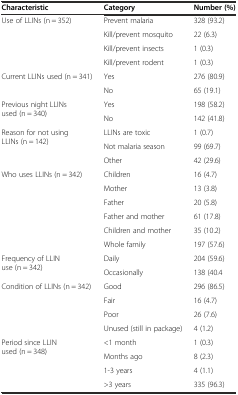
<table><thead><tr><td><b>Characteristic</b></td><td><b>Category</b></td><td><b>Number (%)</b></td></tr></thead><tbody><tr><td rowspan="4">Use of LLINs (n = 352)</td><td>Prevent malaria</td><td>328 (93.2)</td></tr><tr><td>Kill/prevent mosquito</td><td>22 (6.3)</td></tr><tr><td>Kill/prevent insects</td><td>1 (0.3)</td></tr><tr><td>Kill/prevent rodent</td><td>1 (0.3)</td></tr><tr><td rowspan="2">Current LLINs used (n = 341)</td><td>Yes</td><td>276 (80.9)</td></tr><tr><td>No</td><td>65 (19.1)</td></tr><tr><td rowspan="2">Previous night LLINs used (n = 340)</td><td>Yes</td><td>198 (58.2)</td></tr><tr><td>No</td><td>142 (41.8)</td></tr><tr><td rowspan="3">Reason for not using LLINs (n = 142)</td><td>LLINs are toxic</td><td>1 (0.7)</td></tr><tr><td>Not malaria season</td><td>99 (69.7)</td></tr><tr><td>Other</td><td>42 (29.6)</td></tr><tr><td rowspan="6">Who uses LLINs (n = 342)</td><td>Children</td><td>16 (4.7)</td></tr><tr><td>Mother</td><td>13 (3.8)</td></tr><tr><td>Father</td><td>20 (5.8)</td></tr><tr><td>Father and mother</td><td>61 (17.8)</td></tr><tr><td>Children and mother</td><td>35 (10.2)</td></tr><tr><td>Whole family</td><td>197 (57.6)</td></tr><tr><td rowspan="2">Frequency of LLIN use (n = 342)</td><td>Daily</td><td>204 (59.6)</td></tr><tr><td>Occasionally</td><td>138 (40.4</td></tr><tr><td rowspan="4">Condition of LLINs (n = 342)</td><td>Good</td><td>296 (86.5)</td></tr><tr><td>Fair</td><td>16 (4.7)</td></tr><tr><td>Poor</td><td>26 (7.6)</td></tr><tr><td>Unused (still in package)</td><td>4 (1.2)</td></tr><tr><td rowspan="3">Period since LLIN used (n = 348)</td><td>&lt;1 month</td><td>1 (0.3)</td></tr><tr><td>Months ago</td><td>8 (2.3)</td></tr><tr><td>1-3 years</td><td>4 (1.1)</td></tr><tr><td></td><td>&gt;3 years</td><td>335 (96.3)</td></tr></tbody></table>